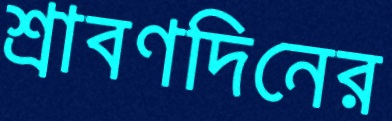
শ্রাবণদিনের